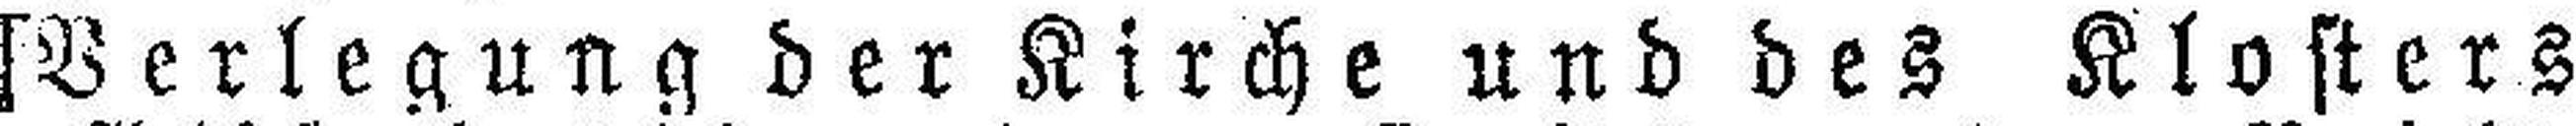
[Verlegung der Kirche und des Klosters